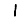
Digit: 1